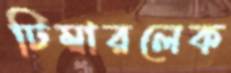
টিম্বারলেক